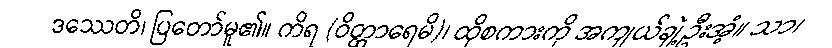
ဒဿေတိ၊ ပြတော်မူ၏။ ကိရ (ဝိတ္ထာရေမိ)၊ ထိုစကားကို အကျယ်ချဲ့ဦးအံ့။ သာ၊